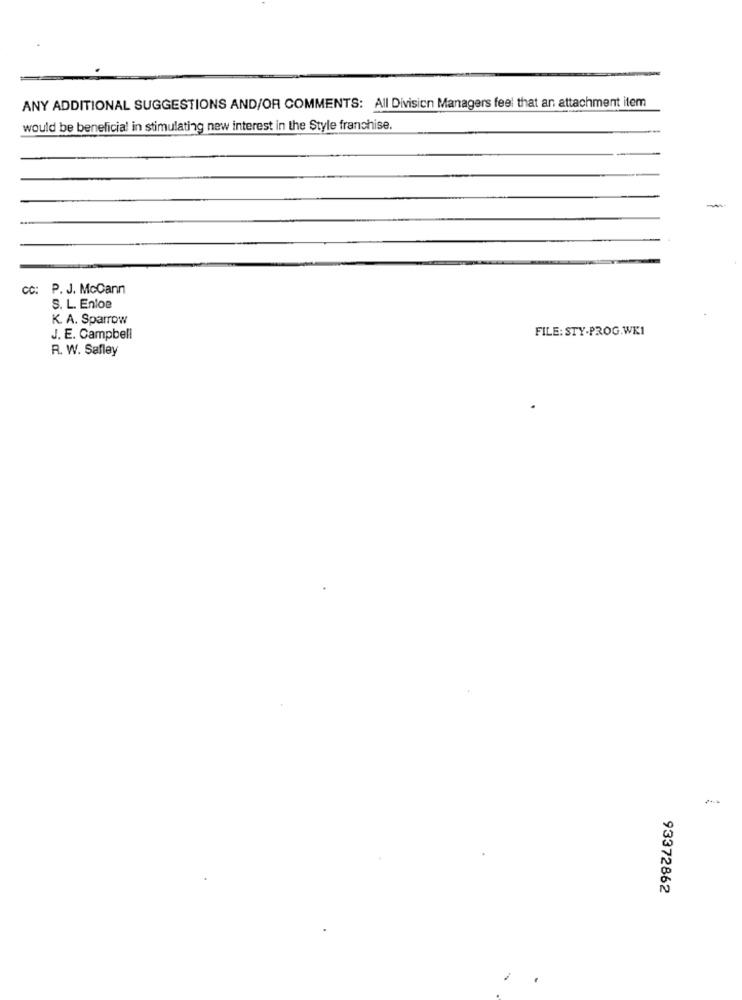
ANY ADDITIONAL SUGGESTIONS AND/OR COMMENTS: All Division Managers feel that an attachment item
would be beneficial in stimulating new interest in the Style franchise.
cc: P. J. McCann
S. L. Enloe
K. A. Sparrow
FILE: STY-PROG.WKI
J. E. Campbell
R. W. Safley
93372862